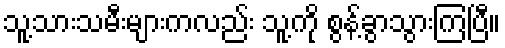
သူ့သားသမီးများကလည်း သူ့ကို စွန့်ခွာသွားကြပြီ။